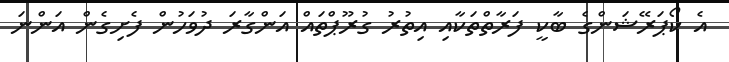
އެ ކޯޕަރޭޝަންގެ ބާކީ ފަރާތްތަކާއި އިތުރު ގުރޫޕްތައް އަންގާރަ ދުވަހުން ފެށިގެން އަންނަ